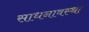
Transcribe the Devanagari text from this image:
साधनावस्था